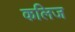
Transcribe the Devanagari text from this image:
कलिज